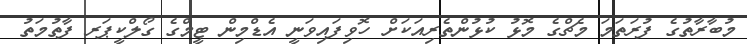
މުބާރާތުގެ ފުރަތަމަ މެޗްގެ މޮޅު ކުޅުންތެރިއަކަށް ހޮވިފައިވަނީ އެޑްމިން ޓީމްގެ ގޯލްކީޕަރ ފާތުމަތު